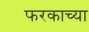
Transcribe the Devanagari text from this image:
फरकाच्या